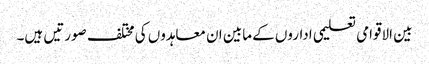
بین الاقوامی تعلیمی اداروں کے مابین ان معاہدوں کی مختلف صورتیں ہیں۔